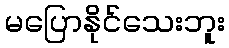
မပြောနိုင်သေးဘူး